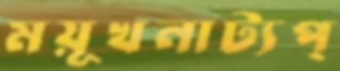
ময়ূখনাট্যপ্